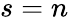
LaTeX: s=n